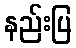
နည်းပြ